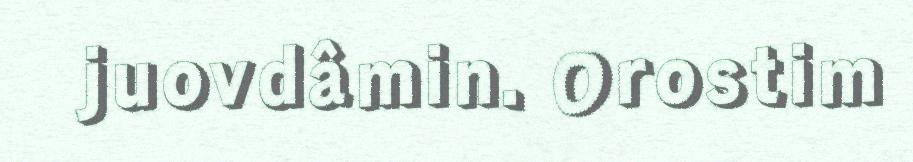
juovdâmin. Orostim